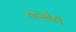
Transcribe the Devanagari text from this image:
तहसीलेँ